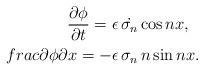
LaTeX: \begin{align*}\frac{\partial\phi}{\partial t} = \epsilon\, \dot{\sigma_n} \cos nx,\ \ \\frac{\partial\phi}{\partial x} = - \epsilon\, \sigma_n\, n \sin nx.\end{align*}